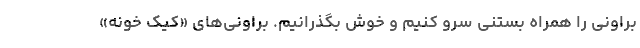
براونی را همراه بستنی سرو کنیم و خوش بگذرانیم. براونی‌های «کیک خونه»